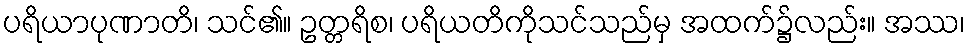
ပရိယာပုဏာတိ၊ သင်၏။ ဥတ္တရိစ၊ ပရိယတိကိုသင်သည်မှ အထက်၌လည်း။ အဿ၊